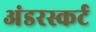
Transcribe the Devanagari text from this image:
अंडरस्कर्ट